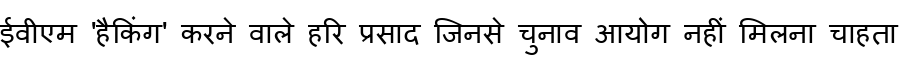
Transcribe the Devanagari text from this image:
ईवीएम 'हैकिंग' करने वाले हरि प्रसाद जिनसे चुनाव आयोग नहीं मिलना चाहता